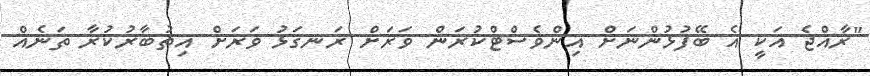
"ރާއްޖެ އަކީ އެ ބޭފުޅުންނަށް އިންވެސްޓްކުރަން ވަރަށް ރަނގަޅު ވަރަށް އިތުބާރުކުރާ ތަނެއް